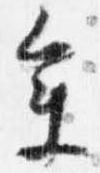
参